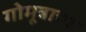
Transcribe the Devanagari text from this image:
गोमूत्राचा